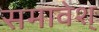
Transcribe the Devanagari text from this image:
समावेश्